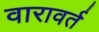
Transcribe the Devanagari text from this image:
वारावर्त